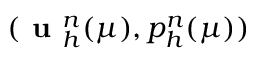
( \textbf { u } _ { h } ^ { n } ( \mu ) , p _ { h } ^ { n } ( \mu ) )